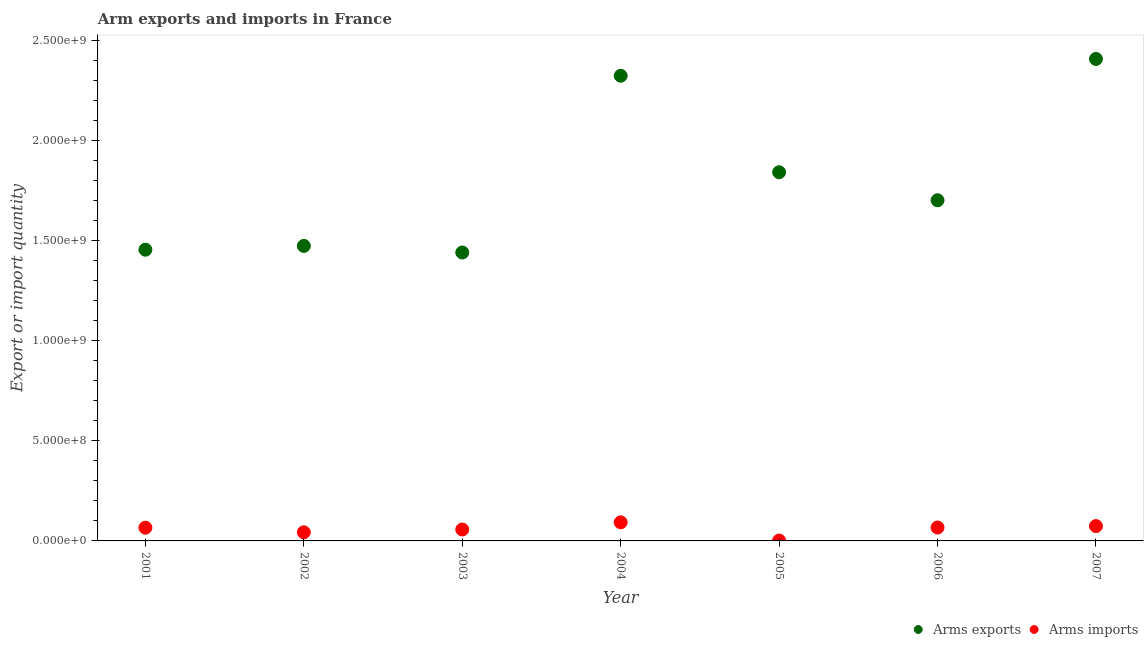
| Year | Arms exports | Arms imports |
 | --- | --- | --- |
 | 2001 | 1.46e+09 | 6.6e+07 |
 | 2002 | 1.47e+09 | 4.3e+07 |
 | 2003 | 1.44e+09 | 5.7e+07 |
 | 2004 | 2.32e+09 | 9.3e+07 |
 | 2005 | 1.84e+09 | 2e+06 |
 | 2006 | 1.7e+09 | 6.7e+07 |
 | 2007 | 2.41e+09 | 7.4e+07 |